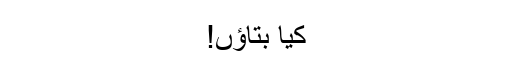
کیا بتاؤں!